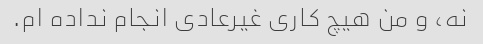
نه، و من هیچ کاری غیرعادی انجام نداده ام.